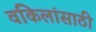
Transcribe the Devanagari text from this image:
वकिलांसाठी